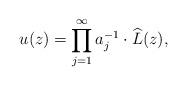
LaTeX: \begin{align*}u(z)=\prod_{j=1}^\infty a_j^{-1}\cdot \widehat L(z),\end{align*}